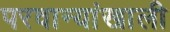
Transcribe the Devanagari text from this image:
परवान्यांखाली